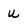
Character: U